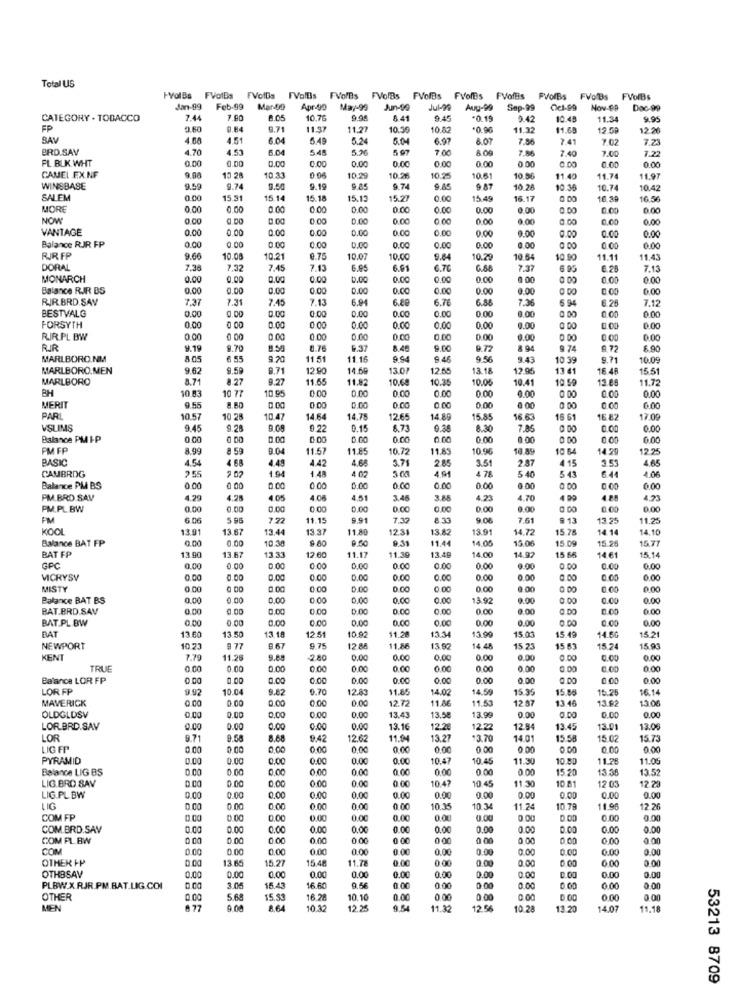
Total US
VolBs FVo1Bs
FVolBs
FValBs
FVorBs
FVolBs
FVofBs FVolBs
ofBs FVolEs FVoflis PVolBs FVolBs FVorBs
FVofBis
Jan-99
Feb-99
Mar-40
Apr-49
May-99
Jun-99
Jul-99
Aug-99
Sep-99
Cel-99
Nov-CP
Doc-99
CATEGORY . TOBACCO
7.44
7.90
: 05
10.76
0.94
6 41
9.45
-0.15
9.42
10.45
11.34
9.95
FP
9.60
0.84
5.71
11.37
11.27
10.30
10.82
11.32
11.65
19 59
12.26
BAV
4.60
4.51
6.04
6.49
5.24
5.04
6.97
8.07
7.56
2.41
7.02
7.23
BRD.SAY
4.70
4.53
5.04
5.45
5 97
7.00
7.86
7.40
7.00
FL BUK WHT
0.00
0.00
0.00
0.00
0.00
0.00
0.00
0.00
1.22
0.00
0.00
0 00
CAMEL EX.NF
9.00
10 28
10.33
0.06
10.29
10.26
10.25
10.61
10.56
11.40
11.74
11.97
WINSBASE
9.59
9.74
9.50
9.19
9.85
9.74
9 .87
10.28
10.36
10.74
10.42
SALEM
0.00
15.31
15.14
15.18
15.13
15.27
0.00
15.49
16.17
16.39
16.56
MOR
0.00
0.00
0.00
0.00
0.00
0.00
0.00
0.00
0.00
0.00
0.00
6.00
NOW
0.00
0.00
0.00
0.00
D.CO
0.00
0.00
0.00
0.00
0.00
0.00
0.00
VANTAGE
0.00
0 00
0.00
0.00
0.00
0.00
0.00
0.00
0.00
0.00
0.00
Balance RJR FP
0.00
0.00
0.00
0.00
0.00
0.00
0.00
0.00
0.00
0.00
RIRFP
9.66
10.08
10.21
0.75
10.07
10.00
9.64
10.29
10.64
10.90
11.11
11.43
DORAL
7.38
7.32
7.45
7.13
6.95
6.61
6.70
6.68
7.37
6 95
6.28
7.13
MONARCH
0.00
0.00
0.00
0.00
0.00
0.00
0.00
0.00
. 00
0.00
Balance RIR BS
0.00
0.00
0.00
0.00
0.00
0.00
0.00
0.00
0.00
0.00
0.00
RIRBRD.SAY
7.37
7.31
7.45
7.13
6.88
6.76
6.86
7.36
6 94
6.28
7.12
BESTVALG
0,00
0.00
0.00
0.00
0 00
0.00
0.00
0.00
0.00
0.00
FORSYTH
0.00
0.00
0.00
0.00
0.00
9.00
0.00
0.00
RIR.PL BW
0.00
0 00
0.00
0.00
0.00
0.00
0.00
0.00
0.00
0 00
0.00
0.00
RIR
9.19
9.70
0.76
6.31
8.46
9.00
9.72
8 94
9.74
9 72
8.90
MARLBORO.NM
805
6.55
9.20
11. 51
11.16
9.94
9.46
3.43
10 39
9.71
10.09
MARLBORO.MEN
9.62
9.50
9.71
12.90
14.60
13.01
12.65
13.18
12.95
13 41
16.46
15.51
MARLBORO
8.71
8.27
9.27
11.65
11.82
10.69
10.35
10.05
10.41
10 59
13.85
11.72
BH
10 83
10 77
10.95
0.00
0.00
0.00
0.00
0.00
0.00
0.00
0.00
0.00
0 00
MERIT
9.55
0 .00
D.CO
0.00
0.00
0 00
0 00
0.00
0.00
PARL
10.57
10 28
10.47
14.64
14.78
12.65
14.89
15.85
16 63
15.61
16 82
17.09
VSLIMS
9.45
9.20
9.09
0.22
0.15
8,73
0.35
8.30
7.85
0.00
0.00
Balance PM I-P
0.00
0.00
0.00
0.00
0.00
0.00
0.00
0.00
PM FP
8.99
£ 59
9.04
11.57
11.85
10.72
11.85
10.96
10 84
10 64
14.20
12.25
BASIC
4.54
4.64
4.49
4.42
4.68
3.71
2.85
3.51
2.87
4 15
3.53
4.65
CAMBRDG
1.94
1.48
4 02
4.91
5 40
543
4.06
255
6.44
Balance PM BS
0.00
0 00
0.00
0.00
0.00
0.00
0.00
0.00
0.00
0.00
0.00
PM.BRD.SAV
4.2
4.05
4 06
4.51
3.46
4.23
4.70
4 99
4.88
PM.PL.BW
0.00
0.00
0.00
0.00
0.00
0.00
0.00
0.00
0.00
FM
6 00
7.72
11.15
9.91
7.37
8.33
9.08
7.61
9.13
13.25
11.25
KOOL
13.91
13.67
13.44
13 37
11.80
12.31
13.82
13.91
14.72
15 78
14.14
14.10
Balance BAT FP
0.00
0.00
10:30
9.50
.31
11.44
14.05
15.06
15.09
15.26
15.71
BAT FP
13.67
11.17
13.49
14.00
15 66
13.90
13.33
12.60
11.39
14.97
14.61
15.14
GPC
0.00
0.00
0.00
0.00
0,00
0.00
0.00
0.00
0.00
0.00
0.00
MICKYSV
0.00
0.00
0.00
0.00
0.00
0.00
0.00
0.00
0.00
0.00
0.00
MISTY
0.00
0.00
0 00
0.00
0,00
0.00
0.00
. 00
0.00
0.00
Balance BAT BS
0.00
0.00
0.00
0.00
0.00
0.00
0.00
13.92
9.00
0.00
0.00
BAT.BRD.SAV
0.00
0.00
0.00
0.00
0.00
0.00
0.00
0.00
0.00
a.DO
0.60
0.00
BAT.PL BW
0.00
0.00
0.00
0.00
0.00
0.00
0.00
0.00
0.00
13.50
13.18
11.20
BAT
13.60
12.51
10.92
13.34
13.99
15.03
15.49
14.60
15.21
NEWPORT
10.23
9 77
8 67
9.75
12.88
11.86
13.97
14.48
15 23
15 83
15.24
15.96
KENT
7.79
11.26
9.68
2.80
0.00
0.00
0.00
0.00
0.00
0.00
0.00
0.OK
TRUE
0.00
0.00
0.00
0.00
0.00
0.00
0.00
0.00
0.00
0.00
0.00
Balance LOR FP
0.00
0.00
0.00
0.00
0.00
0.00
0.00
0.00
0.00
0.00
0.00
LOR FP
9.92
10.04
9.82
0.70
12.83
11.85
14.02
14.50
15.95
15.85
15.25
16.14
MAVERICK
0.00
0.00
0.00
0.00
0.00
12.72
11.86
11.53
12.87
13.46
13.82
13.06
0.00
0.00
OLDGLDSV
0.00
0,00
0.00
0.00
13.43
13.58
13.99
0.00
LORBRD.SAV
0.00
0.00
0.00
0.00
0.00
13.16
12.2€
2.22
12.94
13.45
13.01
13.00
LOR
9.71
8.60
9.42
12.62
11.94
13.27
13.70
14.01
15.58
15.02
15.73
LIG FP
0.00
0,00
0:00
0.00
0.00
0,00
0 00
0.00
0.00
PYRAMID
0.00
0.00
0.00
0.00
10.47
10.45
11.30
10.80
11.26
11.05
Balance LIG BS
0.00
0.00
0,00
0.00
0.00
0.00
0.00
0 00
15.20
13.30
13.52
LIG.BRD SAV
0.00
0.00
0.00
0.00
10.47
10.45
11.30
10 81
12.23
0.00
12 03
LIG.PL. BW
0.00
0.00
0.00
0.00
0.00
0.00
9.00
0.00
0.00
0.00
0.0
LIG
0.00
0.00
0.00
0.00
0.00
10.35
10.34
11.24
10.78
11.90
12 26
COM FP
0.00
0.00
0.00
0.00
0.00
0.00
0.00
COM.BRD.SAV
0.00
0.00
0.00
0.00
0.00
0.00
0.00
0.00
0.00
0.00
0.0
COM PL BW
0.00
0.00
0.00
0.00
0.00
000
0.00
0.00
COM
0.00
0.00
0.00
0.00
0.00
0.00
0.00
0.00
0.00
0.00
0.00
0.00
OTHER FP
13.65
15.27
15 48
11.78
0.00
0.00
0.00
0.00
0.00
0.00
0.00
0.00
0.00
0.00
OTHBSAV
0.00
0.00
0.00
0.00
0.00
PLBW.X RJR.PM.BAT.LIG.COI
3.05
15.43
16.60
9.56
0.00
0.00
0.00
0.00
0.00
0.00
0.00
OTHER
5.68
15.33
16.28
10.10
0.00
000
0.00
0.00
0.00
0.00
MEN
. 77
9.00
8.64
10.32
12.25
9.54
11.32
12.56
10.28
13.20
14.07
11.18
53213 8709